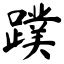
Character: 蹼